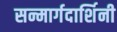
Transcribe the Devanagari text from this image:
सन्मार्गदार्शिनी